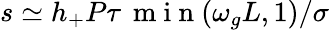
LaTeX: s\simeq h_{+}P\tau\, \mathrm{~m~i~n~}(\omega_{g}L,1)/\sigma